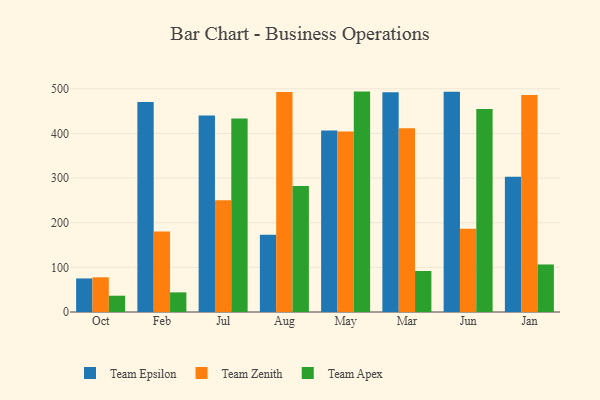
{"axis": {"x": "Month", "y": "Inventory Turnover"}, "legend": ["Team Apex", "Team Epsilon", "Team Zenith"], "data": [{"x": "Oct", "y": 75.2, "type": "Team Epsilon"}, {"x": "Oct", "y": 77.7, "type": "Team Zenith"}, {"x": "Oct", "y": 36.5, "type": "Team Apex"}, {"x": "Feb", "y": 470.5, "type": "Team Epsilon"}, {"x": "Feb", "y": 180.6, "type": "Team Zenith"}, {"x": "Feb", "y": 44.0, "type": "Team Apex"}, {"x": "Jul", "y": 440.4, "type": "Team Epsilon"}, {"x": "Jul", "y": 250.4, "type": "Team Zenith"}, {"x": "Jul", "y": 433.3, "type": "Team Apex"}, {"x": "Aug", "y": 173.3, "type": "Team Epsilon"}, {"x": "Aug", "y": 493.0, "type": "Team Zenith"}, {"x": "Aug", "y": 282.5, "type": "Team Apex"}, {"x": "May", "y": 406.7, "type": "Team Epsilon"}, {"x": "May", "y": 404.4, "type": "Team Zenith"}, {"x": "May", "y": 493.7, "type": "Team Apex"}, {"x": "Mar", "y": 492.4, "type": "Team Epsilon"}, {"x": "Mar", "y": 411.7, "type": "Team Zenith"}, {"x": "Mar", "y": 91.8, "type": "Team Apex"}, {"x": "Jun", "y": 493.2, "type": "Team Epsilon"}, {"x": "Jun", "y": 186.7, "type": "Team Zenith"}, {"x": "Jun", "y": 454.5, "type": "Team Apex"}, {"x": "Jan", "y": 303.0, "type": "Team Epsilon"}, {"x": "Jan", "y": 486.2, "type": "Team Zenith"}, {"x": "Jan", "y": 106.5, "type": "Team Apex"}]}